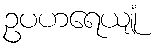
ဥပဟရေယျုံ